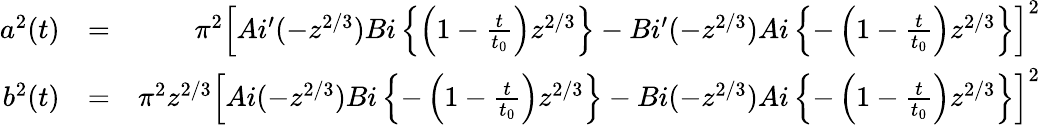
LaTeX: \begin{array}{rlr}{a^{2}(t)}&{=}&{\pi^{2}\left[Ai^{\prime}(-z^{2/3})Bi\left\{ \left(1-\frac{t}{t_{0}}\right)z^{2/3}\right\} -Bi^{\prime}(-z^{2/3})Ai\left\{ -\left(1-\frac{t}{t_{0}}\right)z^{2/3}\right\} \right]^{2}}\\ {b^{2}(t)}&{=}&{\pi^{2}z^{2/3}\left[Ai(-z^{2/3})Bi\left\{ -\left(1-\frac{t}{t_{0}}\right)z^{2/3}\right\} -Bi(-z^{2/3})Ai\left\{ -\left(1-\frac{t}{t_{0}}\right)z^{2/3}\right\} \right]^{2}}\end{array}